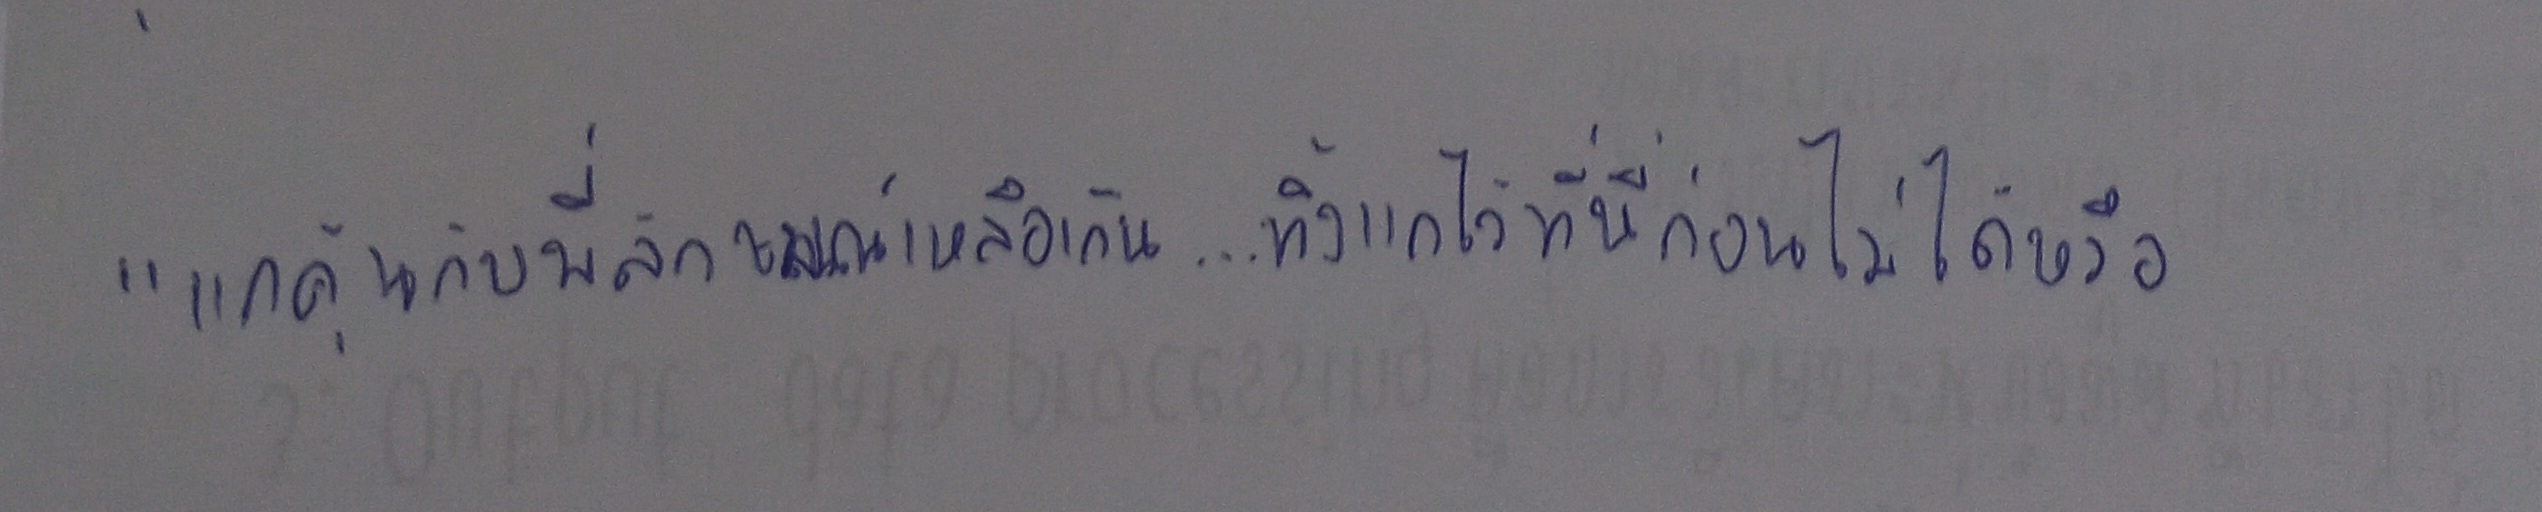
"แกคุ้นกับพี่ลักษมณ์เหลือเกิน....ทิ้งแกไว้ที่นี่ก่อนไม่ได้หรือ